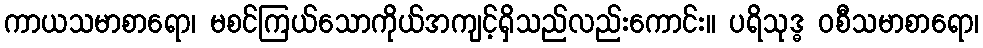
ကာယသမာစာရော၊ မစင်ကြယ်သောကိုယ်အကျင့်ရှိသည်လည်းကောင်း။ ပရိသုဒ္ဓ ဝစီသမာစာရော၊